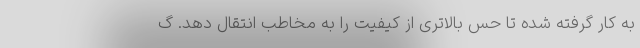
به کار گرفته شده تا حس بالاتری از کیفیت را به مخاطب انتقال دهد. گ